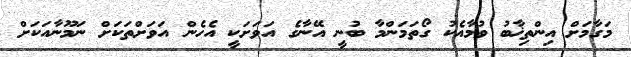
މަގާމަށް އިންތިޚާބު ވުމާއެކު ގޯތަމަންމާ ބުނީ އޭނާގެ އަވަށަކީ އެހެން އަވަށްތަކަށް ނަމޫނާއަކަށް